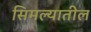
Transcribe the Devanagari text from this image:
सिमल्यातील